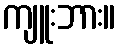
ကျူးဘား။